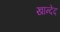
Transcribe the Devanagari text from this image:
खान्देद